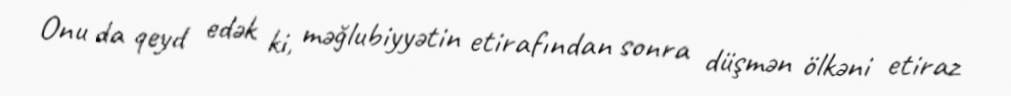
Onu da qeyd edək ki, məğlubiyyətin etirafından sonra düşmən ölkəni etiraz